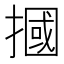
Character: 摑